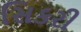
સિકરી